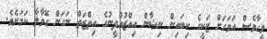
ވީހާވެސް އަވަހަށް ޒަކީގެ ކިބައިން ނިޝާން އިއްޒުއްދީނުގެ އިތްޒަތް ނަގަން ގޮވާލާ ކަމަށެވެ.